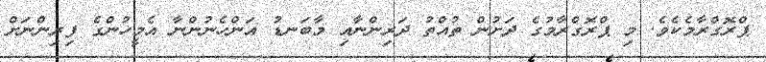
ޕްރޮގްރާމެކެވެ. މި ޕްރޮގްރާމުގެ ދަށުން ތުއްތު ދަރިންނާއި މާބަނޑު އަންހެނުންނާ އެމީހުންގެ ފިރިންނަށް